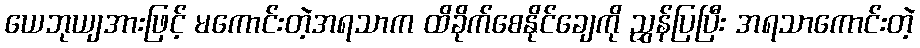
ယေဘုယျအားဖြင့် မကောင်းတဲ့အရသာက ထိခိုက်စေနိုင်ချေကို ညွှန်ပြပြီး အရသာကောင်းတဲ့